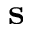
\mathbf { s }